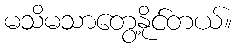
မသိမသာတွေ့နိုင်တယ်။